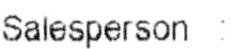
SALESPERSON :